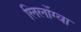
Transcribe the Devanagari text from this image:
लिलोंग्वा